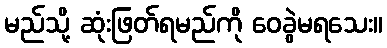
မည်သို့ ဆုံးဖြတ်ရမည်ကို ဝေခွဲမရသေး။